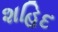
શહિદ